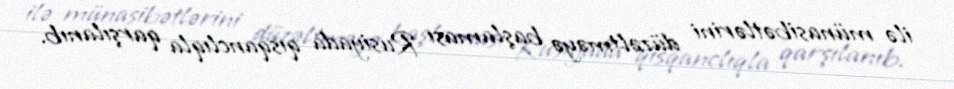
ilə münasibətlərini düzəltməyə başlaması Rusiyada qısqanclıqla qarşılanıb.